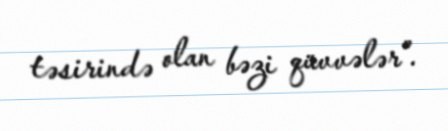
təsirində olan bəzi qüvvələr”.